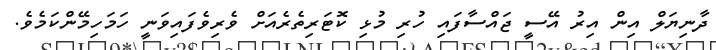
ދާނިޔަލް އިން އިރު އޭސީ ޖައްސާފައި ހުރި މުޅި ކޮޓަރިތެރެއަށް ވެރިވެފައިވަނީ ހަމަހިމޭންކަމެވެ.